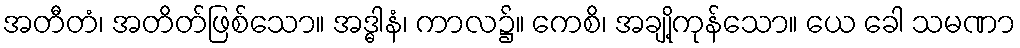
အတီတံ၊ အတိတ်ဖြစ်သော။ အဒ္ဓါနံ၊ ကာလ၌။ ကေစိ၊ အချို့ကုန်သော။ ယေ ခေါ သမဏာ